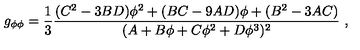
g _ { \phi \phi } = { \frac { 1 } { 3 } } { \frac { ( C ^ { 2 } - 3 B D ) \phi ^ { 2 } + ( B C - 9 A D ) \phi + ( B ^ { 2 } - 3 A C ) } { ( A + B \phi + C \phi ^ { 2 } + D \phi ^ { 3 } ) ^ { 2 } } } \ ,